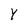
Character: Y